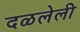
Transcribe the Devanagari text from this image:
दळलेली